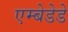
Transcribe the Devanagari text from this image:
एम्बेडेडे